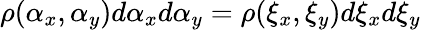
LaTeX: \rho(\alpha_{x},\alpha_{y})d\alpha_{x}d\alpha_{y}=\rho(\xi_{x},\xi_{y})d\xi_{x}d\xi_{y}